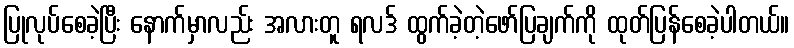
ပြုလုပ်စေခဲ့ပြီး နောက်မှာလည်း အလားတူ ရလဒ် ထွက်ခဲ့တဲ့ဖော်ပြချက်ကို ထုတ်ပြန်စေခဲ့ပါတယ်။